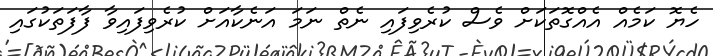
ހެޔޮ ކަމެއް އެއްގޮތަކަށް ވެސް ކުރެވިފައި ނެތް ނަމަ އަނެކާއަށް ކުރެވިފައިވާ ފާފަތަކުގައި